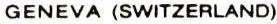
GENEVA (SWITZERLAND)